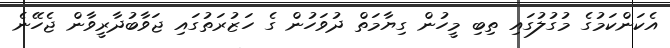
އެކަންކަމުގެ މުގުލުގައި ތިބި މީހުން ގިޔާމަތް ދުވަހުން ގެ ހަޒުރަތުގައި ޖަވާބުދާރީވާން ޖެހޭނެ